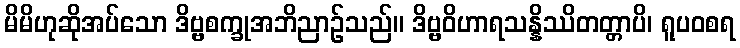
မိမိဟုဆိုအပ်သော ဒိဗ္ဗစက္ခုအဘိညာဉ်သည်။ ဒိဗ္ဗဝိဟာရသန္နိဿိတတ္တာပိ၊ ရူပဝစရ